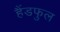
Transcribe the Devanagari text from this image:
हैंडफुल